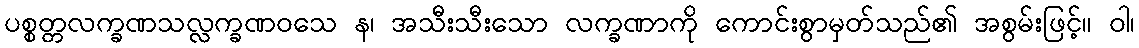
ပစ္စတ္တလက္ခဏသလ္လက္ခဏဝသေ န၊ အသီးသီးသော လက္ခဏာကို ကောင်းစွာမှတ်သည်၏ အစွမ်းဖြင့်။ ဝါ၊